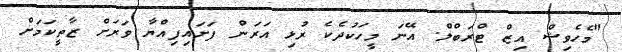
"މެހެވިޝް އިޒް ޓްރަބްލް. އޭނަ މީހަކުދެކެ ރުޅި އަރަން ފަށައިފިއްޔާ ވަރަށް ޒާތީކަމަށް